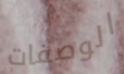
الوصفات